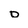
Character: D